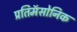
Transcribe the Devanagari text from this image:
प्रतिमॅसोनिक